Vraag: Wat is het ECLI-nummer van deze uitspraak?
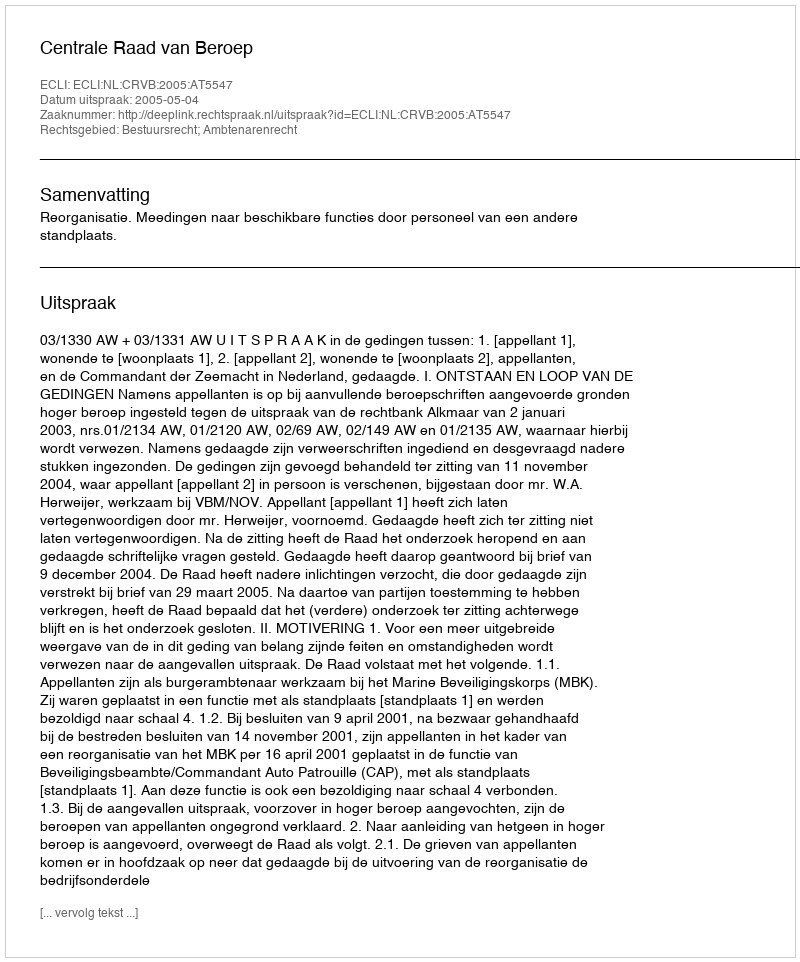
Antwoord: ECLI:NL:CRVB:2005:AT5547